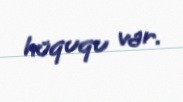
hüququ var.